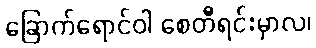
ခြောက်ရောင်ဝါ စေတီရင်းမှာလ၊